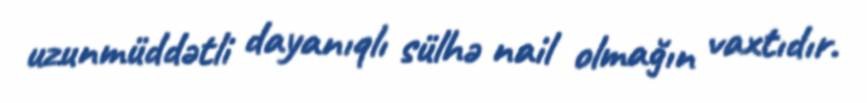
uzunmüddətli dayanıqlı sülhə nail olmağın vaxtıdır.